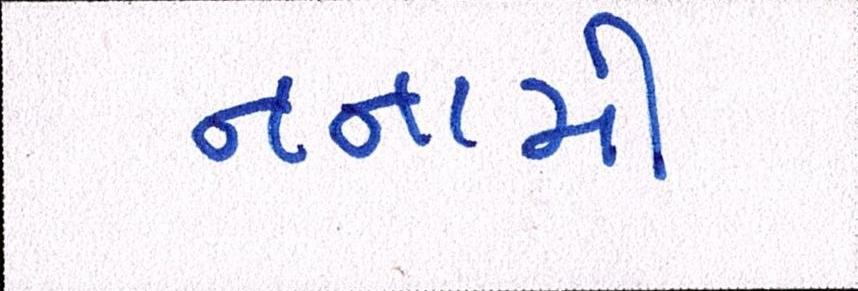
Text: નનામી